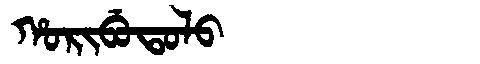
Manchu: ᡥᠣᡵᡳᠪᡠᡨᠣᠯᠣ
Romanization: HORIBUTOLO